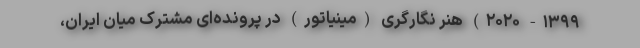
۱۳۹۹- ۲۰۲۰) هنر نگارگری (مینیاتور) در پرونده‌ای مشترک میان ایران،